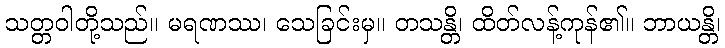
သတ္တဝါတို့သည်။ မရဏဿ၊ သေခြင်းမှ။ တသန္တိ၊ ထိတ်လန့်ကုန်၏။ ဘာယန္တိ၊